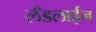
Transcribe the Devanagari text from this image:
लँडलाईन